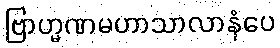
ဗြာဟ္မဏမဟာသာလာနံပေ